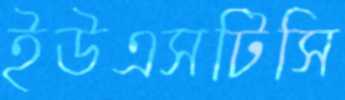
ইউএসটিসি